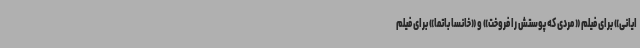
ایانی» برای فیلم «مردی که پوستش را فروخت» و «خانسا باتما» برای فیلم